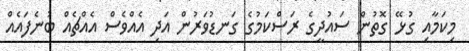
މިކަމާއި ގުޅޭ ގޮތުން ސައުދީގެ ރަސްކަމުގެ ގަނޑުވަރުން އަދި އެއްވެސް އެއްޗެއް ބުނެފައެއް